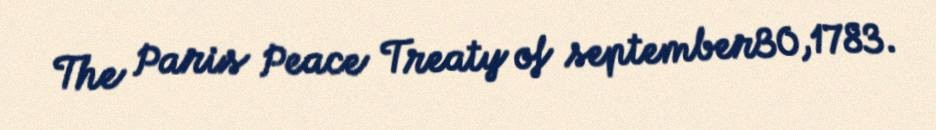
The Paris Peace Treaty of september30,1783.